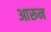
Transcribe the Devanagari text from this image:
आरून